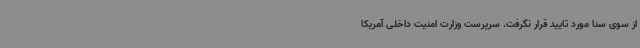
از سوی سنا مورد تایید قرار نگرفت. سرپرست وزارت امنیت داخلی آمریکا